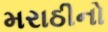
મરાઠીનો